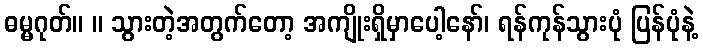
ဓမ္မဂုတ်။ ။ သွားတဲ့အတွက်တော့ အကျိုးရှိမှာပေါ့နော်၊ ရန်ကုန်သွားပုံ ပြန်ပုံနဲ့